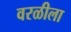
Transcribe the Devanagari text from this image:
वरळीला